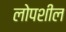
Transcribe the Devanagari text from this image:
लोपशील